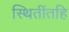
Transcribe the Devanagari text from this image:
स्थितींतहि